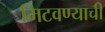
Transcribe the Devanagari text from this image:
मिटवण्याची